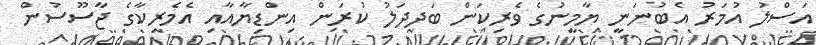
އަސްލު އުމަރު އެބުނަނީ ޔާމީނުގެ ވެރިކަން ބަދދަލު ކުރަން އިންޑިޔާއާއި އެމެރިކާގެ ޖާސޫސުން